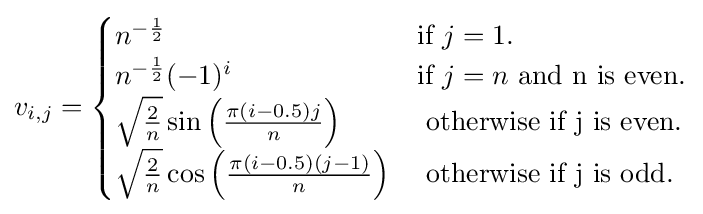
v_{i,j}={\begin{cases}n^{-{\frac {1}{2}}}&{\mbox{if }}j=1.\\n^{-{\frac {1}{2}}}(-1)^{i}&{\mbox{if }}j=n{\mbox{ and n is even.}}\\{\sqrt {\frac {2}{n}}}\sin \left({\frac {\pi (i-0.5)j}{n}}\right)&{\mbox{ otherwise if j is even.}}\\{\sqrt {\frac {2}{n}}}\cos \left({\frac {\pi (i-0.5)(j-1)}{n}}\right)&{\mbox{ otherwise if j is odd.}}\end{cases}}